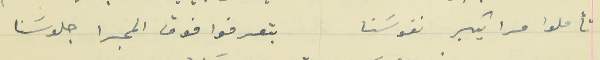
تأملوا مرا بكبر نفوسَنا                                  بتعرفوا فوق المجرا جلوسَنا